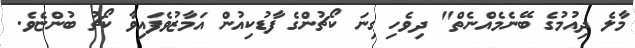
މާލެ ދިއުމުގެ ބޭނެމެއްނެތް" ދިވެހި ގިނަ ކޯޗުންގެ ފާޑުކިއުން އަމާޒުވެފައިވާ ކޯޗު ބުންޏެވެ.